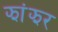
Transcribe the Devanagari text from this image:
झांझर